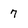
Character: 7